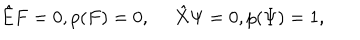
{ \hat { E } } F = 0 , p ( F ) = 0 , \quad \ { \hat { X } } \Psi = 0 , p ( \Psi ) = 1 ,